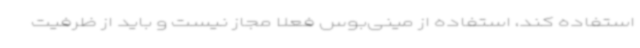
استفاده کند، استفاده از مینی‌بوس فعلاً مجاز نیست و باید از ظرفیت